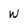
Character: w